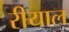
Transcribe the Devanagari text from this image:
रीयाल